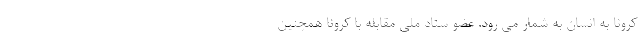
کرونا به انسان به شمار می رود. عضو ستاد ملی مقابله با کرونا همچنین